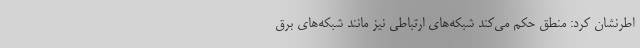
اطرنشان کرد: منطق حکم می‌کند شبکه‌های ارتباطی نیز مانند شبکه‌های برق